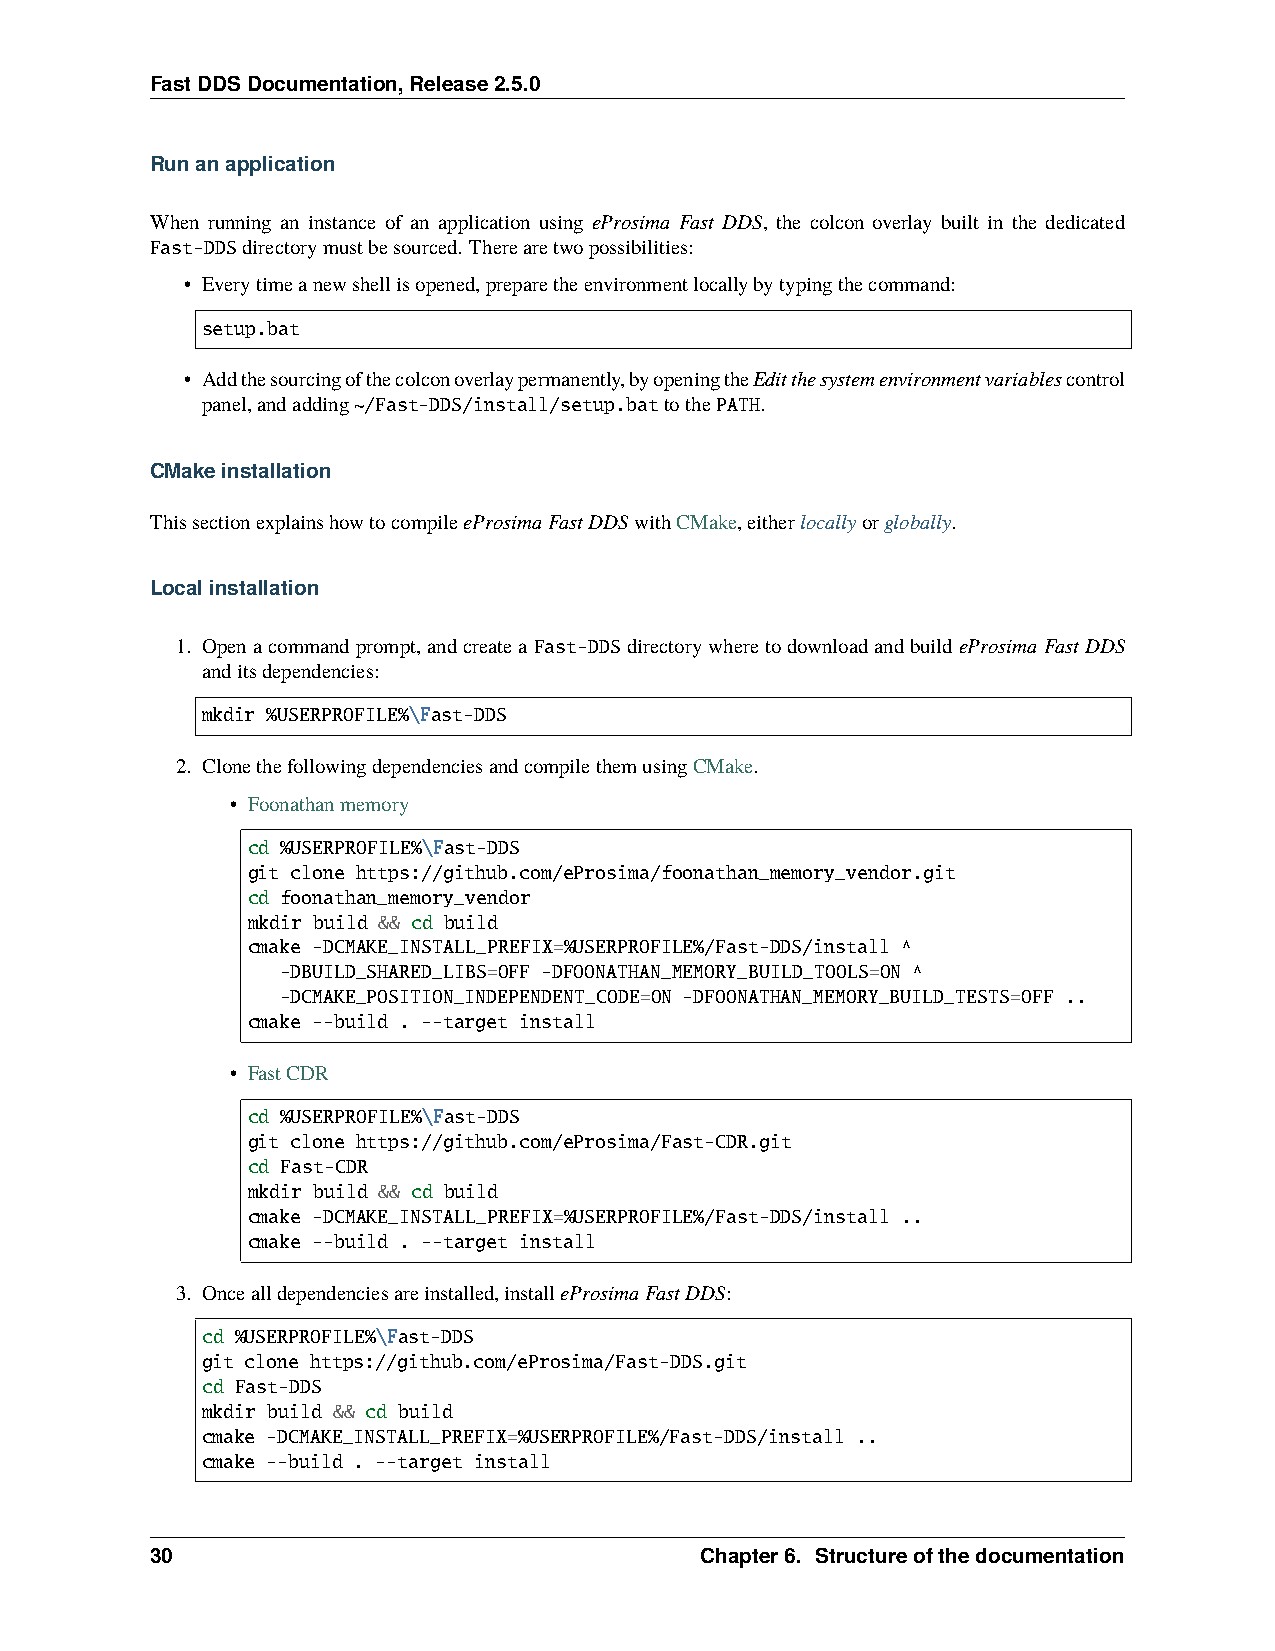
FastDDSDocumentation,Release2.5.0
 Runanapplication
 When running an instance of an application using eProsima Fast DDS, the colcon overlay built in the dedicated
 Fast-DDSdirectorymustbesourced. Therearetwopossibilities:
 • Everytimeanewshellisopened,preparetheenvironmentlocallybytypingthecommand:
 setup.bat
 • Addthesourcingofthecolconoverlaypermanently,byopeningtheEditthesystemenvironmentvariablescontrol
 panel,andadding~/Fast-DDS/install/setup.battothePATH.
 CMakeinstallation
 ThissectionexplainshowtocompileeProsimaFastDDSwithCMake,eitherlocallyorglobally.
 Localinstallation
 1. Openacommandprompt,andcreatea Fast-DDSdirectorywheretodownloadandbuildeProsimaFastDDS
 anditsdependencies:
 mkdir %USERPROFILE%\Fast-DDS
 2. ClonethefollowingdependenciesandcompilethemusingCMake.
 • Foonathanmemory
 cd %USERPROFILE%\Fast-DDS
 git clone https://github.com/eProsima/foonathan_memory_vendor.git
 cd foonathan_memory_vendor
 mkdir build && cd build
 cmake -DCMAKE_INSTALL_PREFIX=%USERPROFILE%/Fast-DDS/install ^
 -DBUILD_SHARED_LIBS=OFF -DFOONATHAN_MEMORY_BUILD_TOOLS=ON ^
 -DCMAKE_POSITION_INDEPENDENT_CODE=ON -DFOONATHAN_MEMORY_BUILD_TESTS=OFF ..
 cmake --build . --target install
 • FastCDR
 cd %USERPROFILE%\Fast-DDS
 git clone https://github.com/eProsima/Fast-CDR.git
 cd Fast-CDR
 mkdir build && cd build
 cmake -DCMAKE_INSTALL_PREFIX=%USERPROFILE%/Fast-DDS/install ..
 cmake --build . --target install
 3. Oncealldependenciesareinstalled,installeProsimaFastDDS:
 cd %USERPROFILE%\Fast-DDS
 git clone https://github.com/eProsima/Fast-DDS.git
 cd Fast-DDS
 mkdir build && cd build
 cmake -DCMAKE_INSTALL_PREFIX=%USERPROFILE%/Fast-DDS/install ..
 cmake --build . --target install
 30                                  Chapter6. Structureofthedocumentation